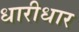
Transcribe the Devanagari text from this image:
धारीधार